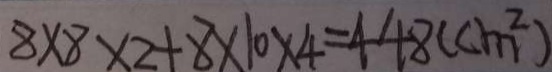
8 \times 8 \times 2 + 8 \times 1 0 \times 4 = 4 4 8 ( c m ^ { 2 } )